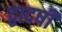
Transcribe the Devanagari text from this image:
द्वादषी